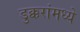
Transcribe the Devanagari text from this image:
डुक्करांमध्ये